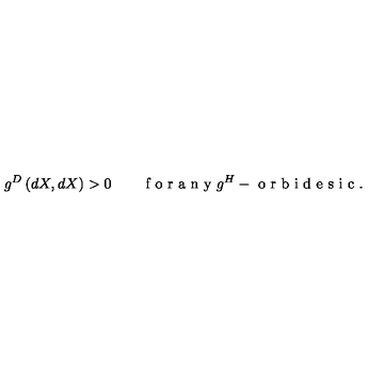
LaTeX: g ^ { D } \left( d X , d X \right) > 0 \qquad \textrm { f o r a n y } g ^ { H } - \textrm { o r b i d e s i c } .